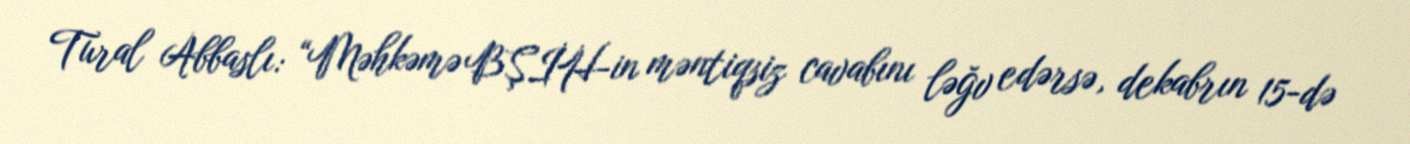
Tural Abbaslı: “Məhkəmə BŞİH-in məntiqsiz cavabını ləğv edərsə, dekabrın 15-də